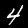
Digit: 4